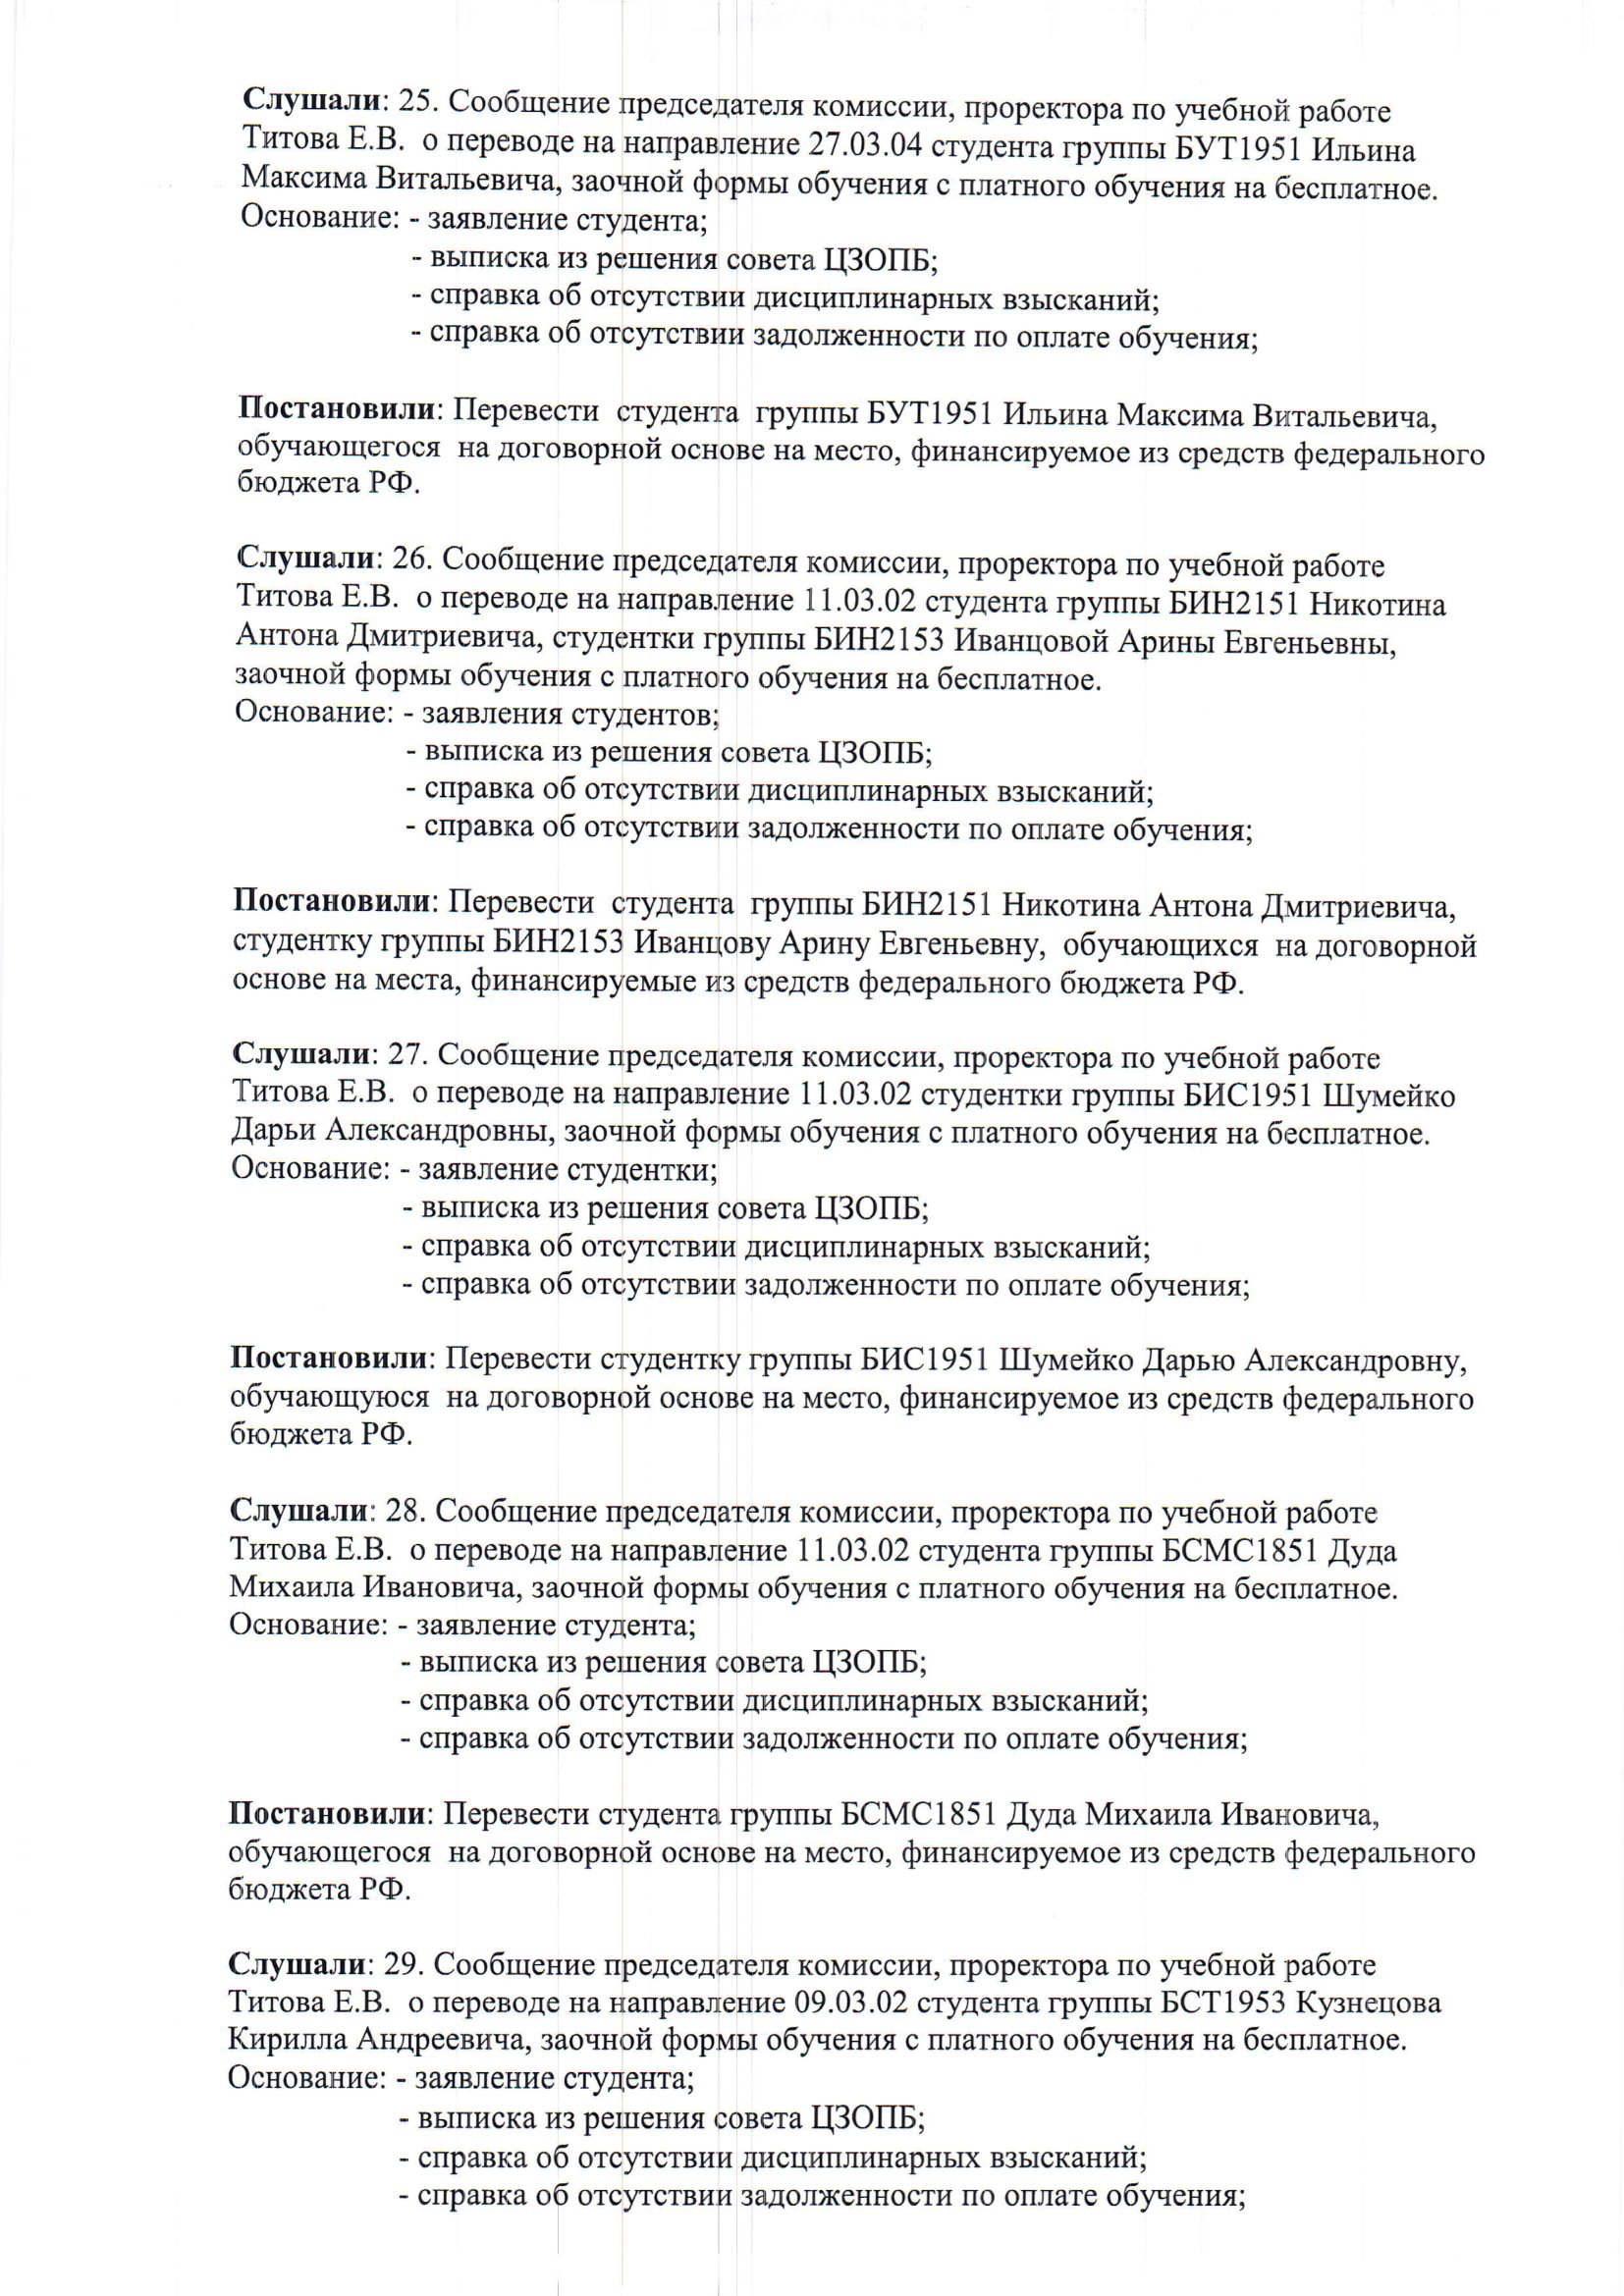
Language: ru